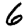
Digit: 6